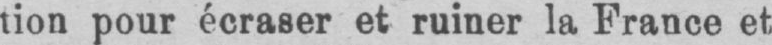
tion pour écraser et ruiner la France et